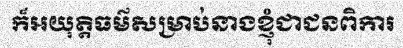
ក៏អយុត្តិធម៌សម្រាប់នាងខ្ញុំជាជនពិការ